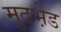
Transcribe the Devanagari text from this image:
मुठभ़ेड